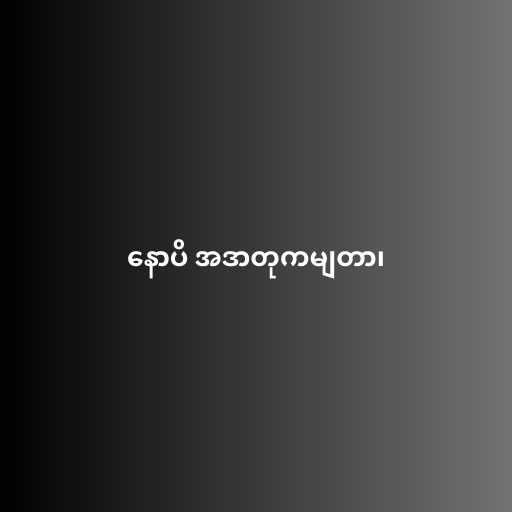
နောပိ အဒာတုကမျတာ၊